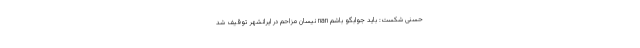
حسنی شکست: باید جوابگو باشم nan نیسان مزاحم در ایرانشهر توقیف شد